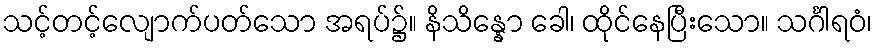
သင့်တင့်လျောက်ပတ်သော အရပ်၌။ နိသိန္နော ခေါ၊ ထိုင်နေပြီးသော။ သင်္ဂါရဝံ၊